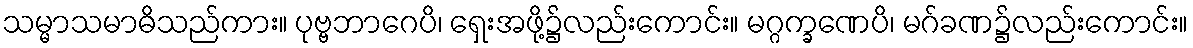
သမ္မာသမာဓိသည်ကား။ ပုဗ္ဗဘာဂေပိ၊ ရှေးအဖို့၌လည်းကောင်း။ မဂ္ဂက္ခဏေပိ၊ မဂ်ခဏ၌လည်းကောင်း။